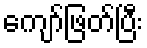
ကျော်ဖြတ်ပြီး